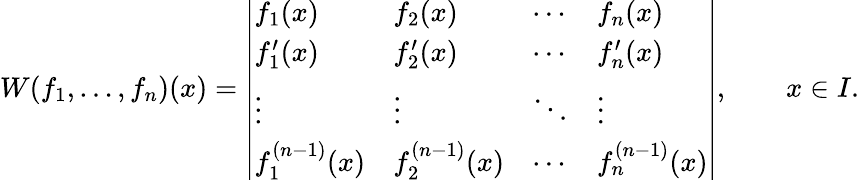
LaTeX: W(f_{1},\ldots,f_{n})(x)={\left|\begin{array}{llll}{f_{1}(x)}&{f_{2}(x)}&{\cdots}&{f_{n}(x)}\\ {f_{1}^{\prime}(x)}&{f_{2}^{\prime}(x)}&{\cdots}&{f_{n}^{\prime}(x)}\\ {\vdots}&{\vdots}&{\ddots}&{\vdots}\\ {f_{1}^{(n-1)}(x)}&{f_{2}^{(n-1)}(x)}&{\cdots}&{f_{n}^{(n-1)}(x)}\end{array}\right|},\qquad x\in I.